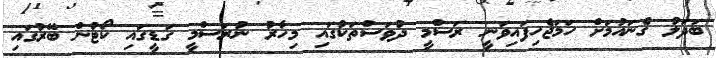
ބަދަލު ގެނައުމަށް ހަމަޖެހިފައިވަނީ ރަސްމީ ދުވަސްތަކުގައި މިހާރު ނުރަސްމީ ގަޑީގައި ކޯޓުން ބޭރުގައި